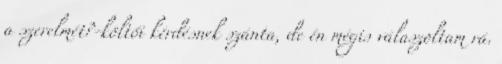
a szerelmét?-költői kérdésnek szánta, de én mégis válaszoltam rá.